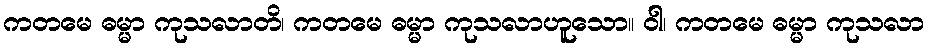
ကတမေ ဓမ္မာ ကုသလာတိ၊ ကတမေ ဓမ္မာ ကုသလာဟူသော။ ဝါ၊ ကတမေ ဓမ္မာ ကုသလာ